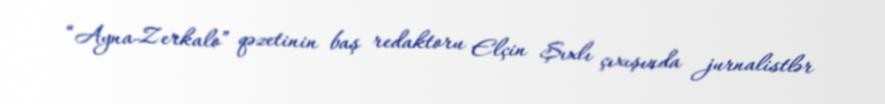
“Ayna-Zerkalo” qəzetinin baş redaktoru Elçin Şıxlı çıxışında jurnalistlər